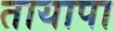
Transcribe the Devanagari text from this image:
तायापा